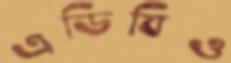
এডিবিও